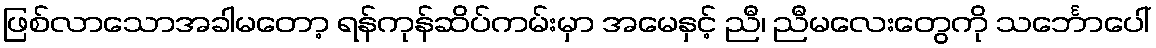
ဖြစ်လာသောအခါမတော့ ရန်ကုန်ဆိပ်ကမ်းမှာ အမေနှင့် ညီ၊ ညီမလေးတွေကို သင်္ဘောပေါ်